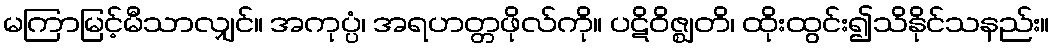
မကြာမြင့်မီသာလျှင်။ အကုပ္ပံ၊ အရဟတ္တဖိုလ်ကို။ ပဋိဝိဇ္ဈတိ၊ ထိုးထွင်း၍သိနိုင်သနည်း။